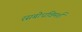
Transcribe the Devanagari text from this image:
रसबोधविमर्श